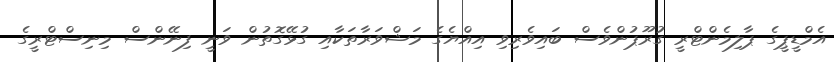
އެމްޑީޕީގެ ޕާލިމެންޓްރީ ގުރޫޕުންވެސް ބައިވެރިވި އިއްޔެގެ މަޝްވަރާތަކާއި ގުޅޭގޮތުން ވަނީ ފިނޭންސް މިނިސްޓްރީގެ